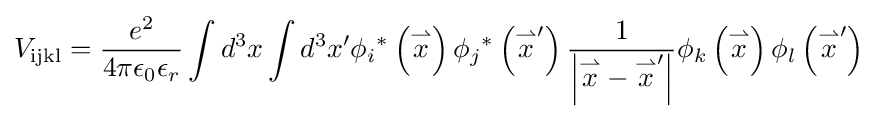
V_{\text{ijkl}}={\frac {e^{2}}{4\pi \epsilon _{0}\epsilon _{r}}}\int d^{3}x\int d^{3}x'\phi _{i}{}^{*}\left({\overset {\rightharpoonup }{x}}\right)\phi _{j}{}^{*}\left({\overset {\rightharpoonup }{x}}'\right){\frac {1}{\left|{\overset {\rightharpoonup }{x}}-{\overset {\rightharpoonup }{x}}'\right|}}\phi _{k}\left({\overset {\rightharpoonup }{x}}\right)\phi _{l}\left({\overset {\rightharpoonup }{x}}'\right)